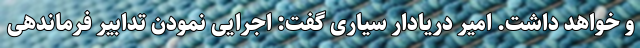
و خواهد داشت. امیر دریادار سیاری گفت: اجرایی نمودن تدابیر فرماندهی